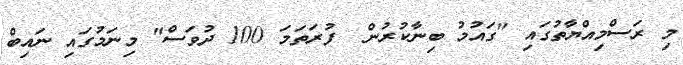
މި ރަސްމިއްޔާތުގައި "ގައުމު ބިނާކުރުން  ފުރަތަމަ 100 ދުވަސް" މިނަމުގައި ނައިބް